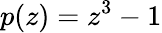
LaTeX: p(z)=z^{3}-1